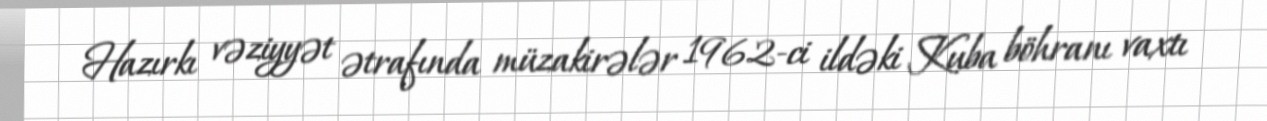
Hazırkı vəziyyət ətrafında müzakirələr 1962-ci ildəki Kuba böhranı vaxtı